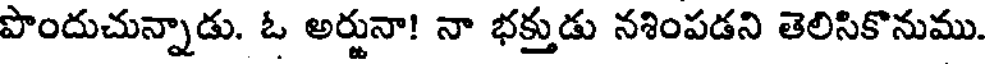
పొందుచున్నాడు. ఓ అర్జునా! నా భక్తుడు నశింపడని తెలిసికొనుము.